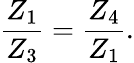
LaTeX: \frac{Z_{1}}{Z_{3}}=\frac{Z_{4}}{Z_{1}}.